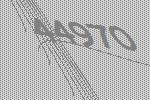
44970